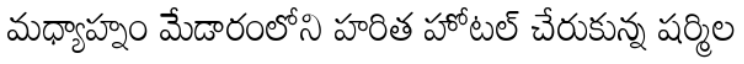
మధ్యాహ్నం మేడారంలోని హరిత హోటల్ చేరుకున్న షర్మిల